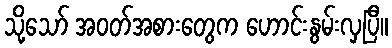
သို့သော် အဝတ်အစားတွေက ဟောင်းနွမ်းလှပြီ။